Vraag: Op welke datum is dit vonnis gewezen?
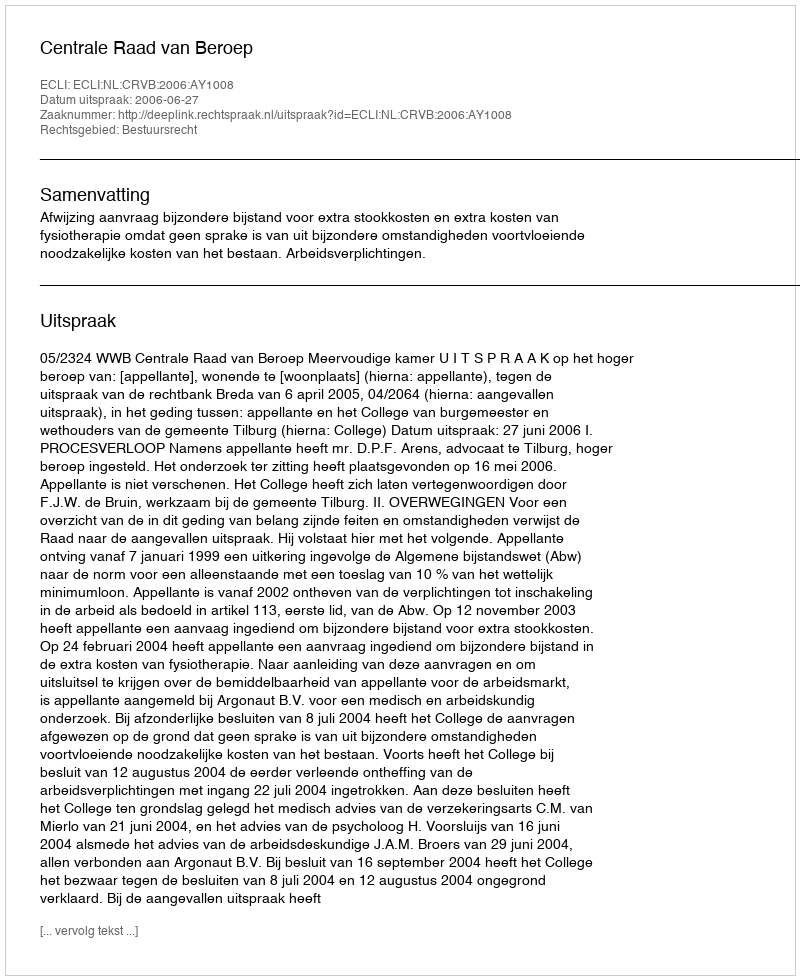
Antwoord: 2006-06-27